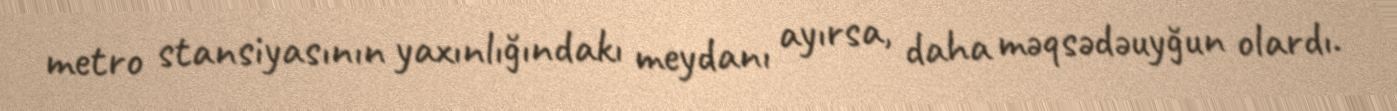
metro stansiyasının yaxınlığındakı meydanı ayırsa, daha məqsədəuyğun olardı.